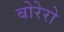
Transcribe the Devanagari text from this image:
बोरेरो